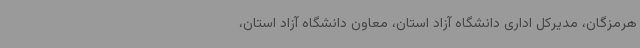
هرمزگان، مدیرکل اداری دانشگاه آزاد استان، معاون دانشگاه آزاد استان،